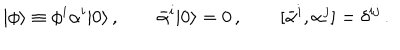
| \phi \rangle \equiv \phi ^ { i } \alpha ^ { i } | 0 \rangle \, , \qquad \bar { \alpha } ^ { i } | 0 \rangle = 0 \, , \qquad [ \bar { \alpha } ^ { i } , \alpha ^ { j } ] = \delta ^ { i j } \, .